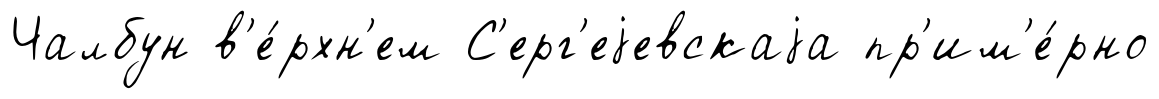
Чалбун в'е́рхн'ем С'ерг'еjевскаjа пр'им'е́рно